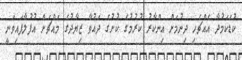
ކުޑަކަމުދާ އެއްޗެހި ދިނުމަށް އިންކާރު ކުރުމުގެ ކުށުގެ ދައުވާ ޒިޔާދުގެ މައްޗަށް އުފުލާފައިވަނީ